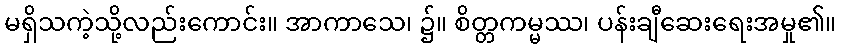
မရှိသကဲ့သို့လည်းကောင်း။ အာကာသေ၊ ၌။ စိတ္တကမ္မဿ၊ ပန်းချီဆေးရေးအမှု၏။